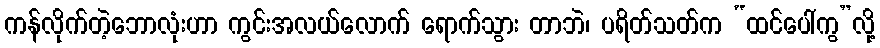
ကန်လိုက်တဲ့ဘောလုံးဟာ ကွင်းအလယ်လောက် ရောက်သွား တာဘဲ၊ ပရိတ်သတ်က “ထင်ပေါ်ကွ”လို့